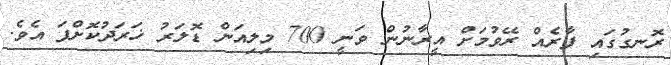
ރޮނގުގައި ފާރެއް ރޭވުމަށް އީރާނުން ވަނީ 700 މިލިއަން ޑޮލަރު ޚަރަދުކޮށްފަ އެވެ.